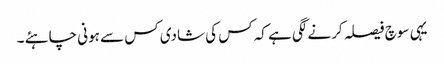
یہی سوچ فیصلہ کرنے لگی ہے کہ کس کی شادی کس سے ہونی چاہئے ۔